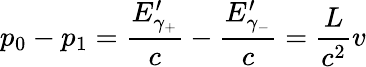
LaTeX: p_{0}-p_{1}=\frac{E_{\gamma_{+}}^{\prime}}c-\frac{E_{\gamma_{-}}^{\prime}}c=\frac{L}{c^{2}}v